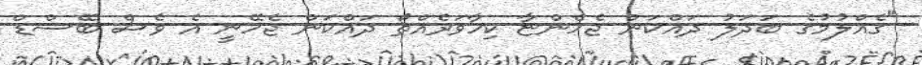
"ގެއްލުމުގެ ބަދަލު ދައްކަން ޖެހެންޏާ ކިހާވަރެއްތޯ ދައްކަން ޖެހޭނީ އެ ވެސް ބޭސްޑް